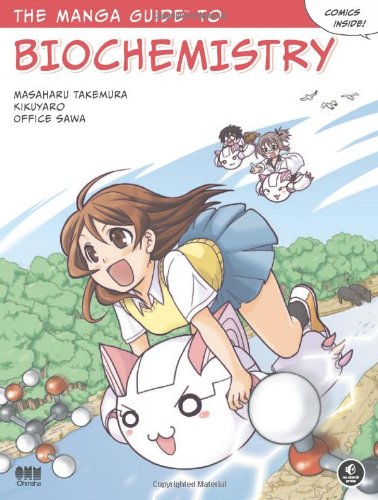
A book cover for The Manga Guide to Biochemistry; Masaharu Takemura; Medical Books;